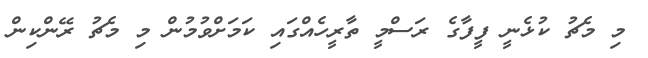
މި މެޗު ކުޅެނީ ފީފާގެ ރަސްމީ ތާރީހެއްގައި ކަމަށްވުމުން މި މެޗު ރޭންކިން